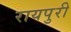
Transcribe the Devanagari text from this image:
रायपुरी